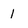
Character: 1